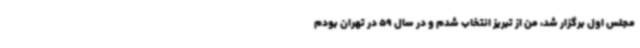
مجلس اول برگزار شد، من از تبریز انتخاب شدم و در سال 59 در تهران بودم